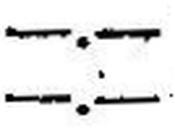
—.—